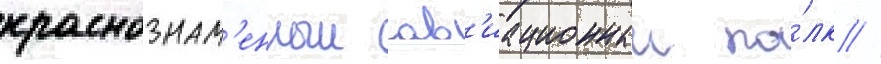
краснознам'енныи ав'иационныи по́лк //